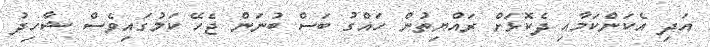
އަދި އެކަންކަމާއި ދެކޮޅަށް ރައްޔިތުން ހައްގު ބަސް ބުނަން ޖެހޭ ކަމުގައިވެސް ޝާހިދު